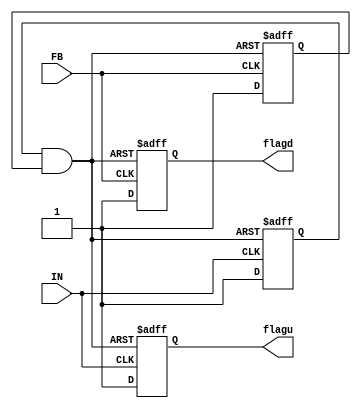
`timescale 1ns/1ps

module pfd(
    input  wire IN,
    input  wire FB,
    output reg  flagu,
    output reg  flagd
);

    reg QU, QD;
    wire CDN;

    wire OUTU, OUTD;
    reg OUTBU, OUTBD;

    assign #0.023 CDN = ~(QU & QD) & 1'b1;

    assign #0.0447 OUTU = ~(QU & -QD);
    assign #0.0447 OUTD = ~(QD & -QU);

    always @(*) begin
        OUTBU <= #0.059 OUTU;
        OUTBD <= #0.059 OUTD;
    end

    always @(posedge IN or negedge CDN) begin
        if (!CDN) begin
            #0.0424 QU <= 1'b0;
        end
        else begin
            #0.0424 QU <= 1'b1;
        end
    end

    always @(posedge FB or negedge CDN) begin
        if (!CDN) begin
            #0.0424 QD <= 1'b0;
        end
        else begin
            #0.0424 QD <= 1'b1;
        end                
    end

    // flagU
    always @(posedge IN or negedge OUTBU) begin
        if (!OUTBU) begin
            flagu <= #0.288 1'b0;
        end
        else begin
            flagu <= #0.288 1'b1;
        end
    end

    // flagD
    always @(posedge FB or negedge OUTBD) begin
        if (!OUTBD) begin
            flagd <= #0.286 1'b0;
        end
        else begin
            flagd <= #0.286 1'b1;
        end
    end

endmodule